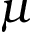
\mu